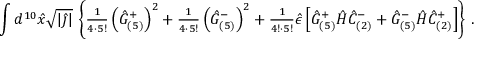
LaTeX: \int d ^ { 1 0 } \hat { x } \sqrt { | \hat { \jmath } | } \, \left\{ { \textstyle \frac { 1 } { 4 \cdot 5 ! } } \left( \hat { G } _ { ( 5 ) } ^ { + } \right) ^ { 2 } + { \textstyle \frac { 1 } { 4 \cdot 5 ! } } \left( \hat { G } _ { ( 5 ) } ^ { - } \right) ^ { 2 } + { \textstyle \frac { 1 } { 4 ! \cdot 5 ! } } \hat { \epsilon } \left[ \hat { G } _ { ( 5 ) } ^ { + } \hat { \cal H } \hat { C } _ { ( 2 ) } ^ { - } + \hat { G } _ { ( 5 ) } ^ { - } \hat { \cal H } \hat { C } _ { ( 2 ) } ^ { + } \right] \right\} \, .